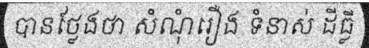
បានថ្លែងថា សំណុំរឿង ទំនាស់ ដីធ្លី